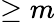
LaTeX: \geq m